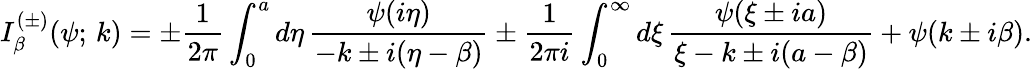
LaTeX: I_{\beta}^{(\pm)}(\psi;\, k)=\pm\frac{1}{2\pi}\int_{0}^{a}d\eta\, \frac{\psi(i\eta)}{-k\pm i(\eta-\beta)}\pm\frac{1}{2\pi i}\int_{0}^{\infty}d\xi\, \frac{\psi(\xi\pm ia)}{\xi-k\pm i(a-\beta)}+\psi(k\pm i\beta).